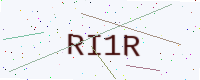
Text: RI1R